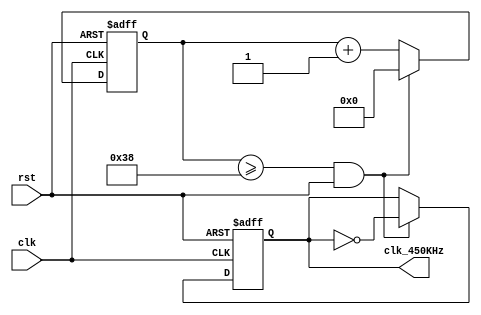
module fenpin ( clk,clk_450KHz,rst );//25MHZ450KHZ
input            clk ;        //
input            rst ;        // 
output			 clk_450KHz;
reg     [5:0]    psc_450KHz;	
reg  		     reg_450KHz = 1'b1;


always @ (posedge clk or negedge rst) //
begin
	if ( rst == 1'b0 ) begin
		psc_450KHz <= 6'd0;
		reg_450KHz <= 1'b0;
	end
	else begin
		psc_450KHz <= psc_450KHz + 1'b1;
		if ( ( psc_450KHz >= 6'd56) && ( rst == 1'b1 ) ) begin
			psc_450KHz <= 6'd0;
			reg_450KHz = ~reg_450KHz;
		end
	end			
end

assign  clk_450KHz = reg_450KHz; 
endmodule